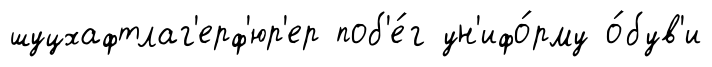
шуцхафтлаг'ерф'юр'ер поб'е́г ун'ифо́рму о́був'и